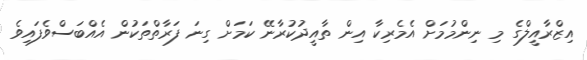
އިޒްރާއީލްގެ މި ނިންމުމަށް އެމެރިކާ އިން ތާއީދުކުރާނޭ ކަމަށް ގިނަ ފަރާތްތަކުން އެއްބަސްވެފައިވެ